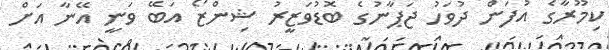
ކިމޫރާގެ އުފަން ދުވަހު ޖަޕާނުގެ ބޮޑުވަޒީރު ޝިންޒޯ އަބޭ ވަނީ އޭނާ އަށް